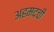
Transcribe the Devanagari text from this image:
अहमदची